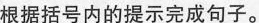
根据括号内的提示完成句子。